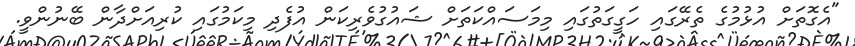
"އެގޮތަށް އުޅުމުގެ ތެރޭގައި ހަގީގަތުގައި މިމަސައްްކަތަށް ޝައުގުވެރިކަން އުފެދި މިކަމުގައި ކުރިއަށްދާން ބޭނުންވީ.